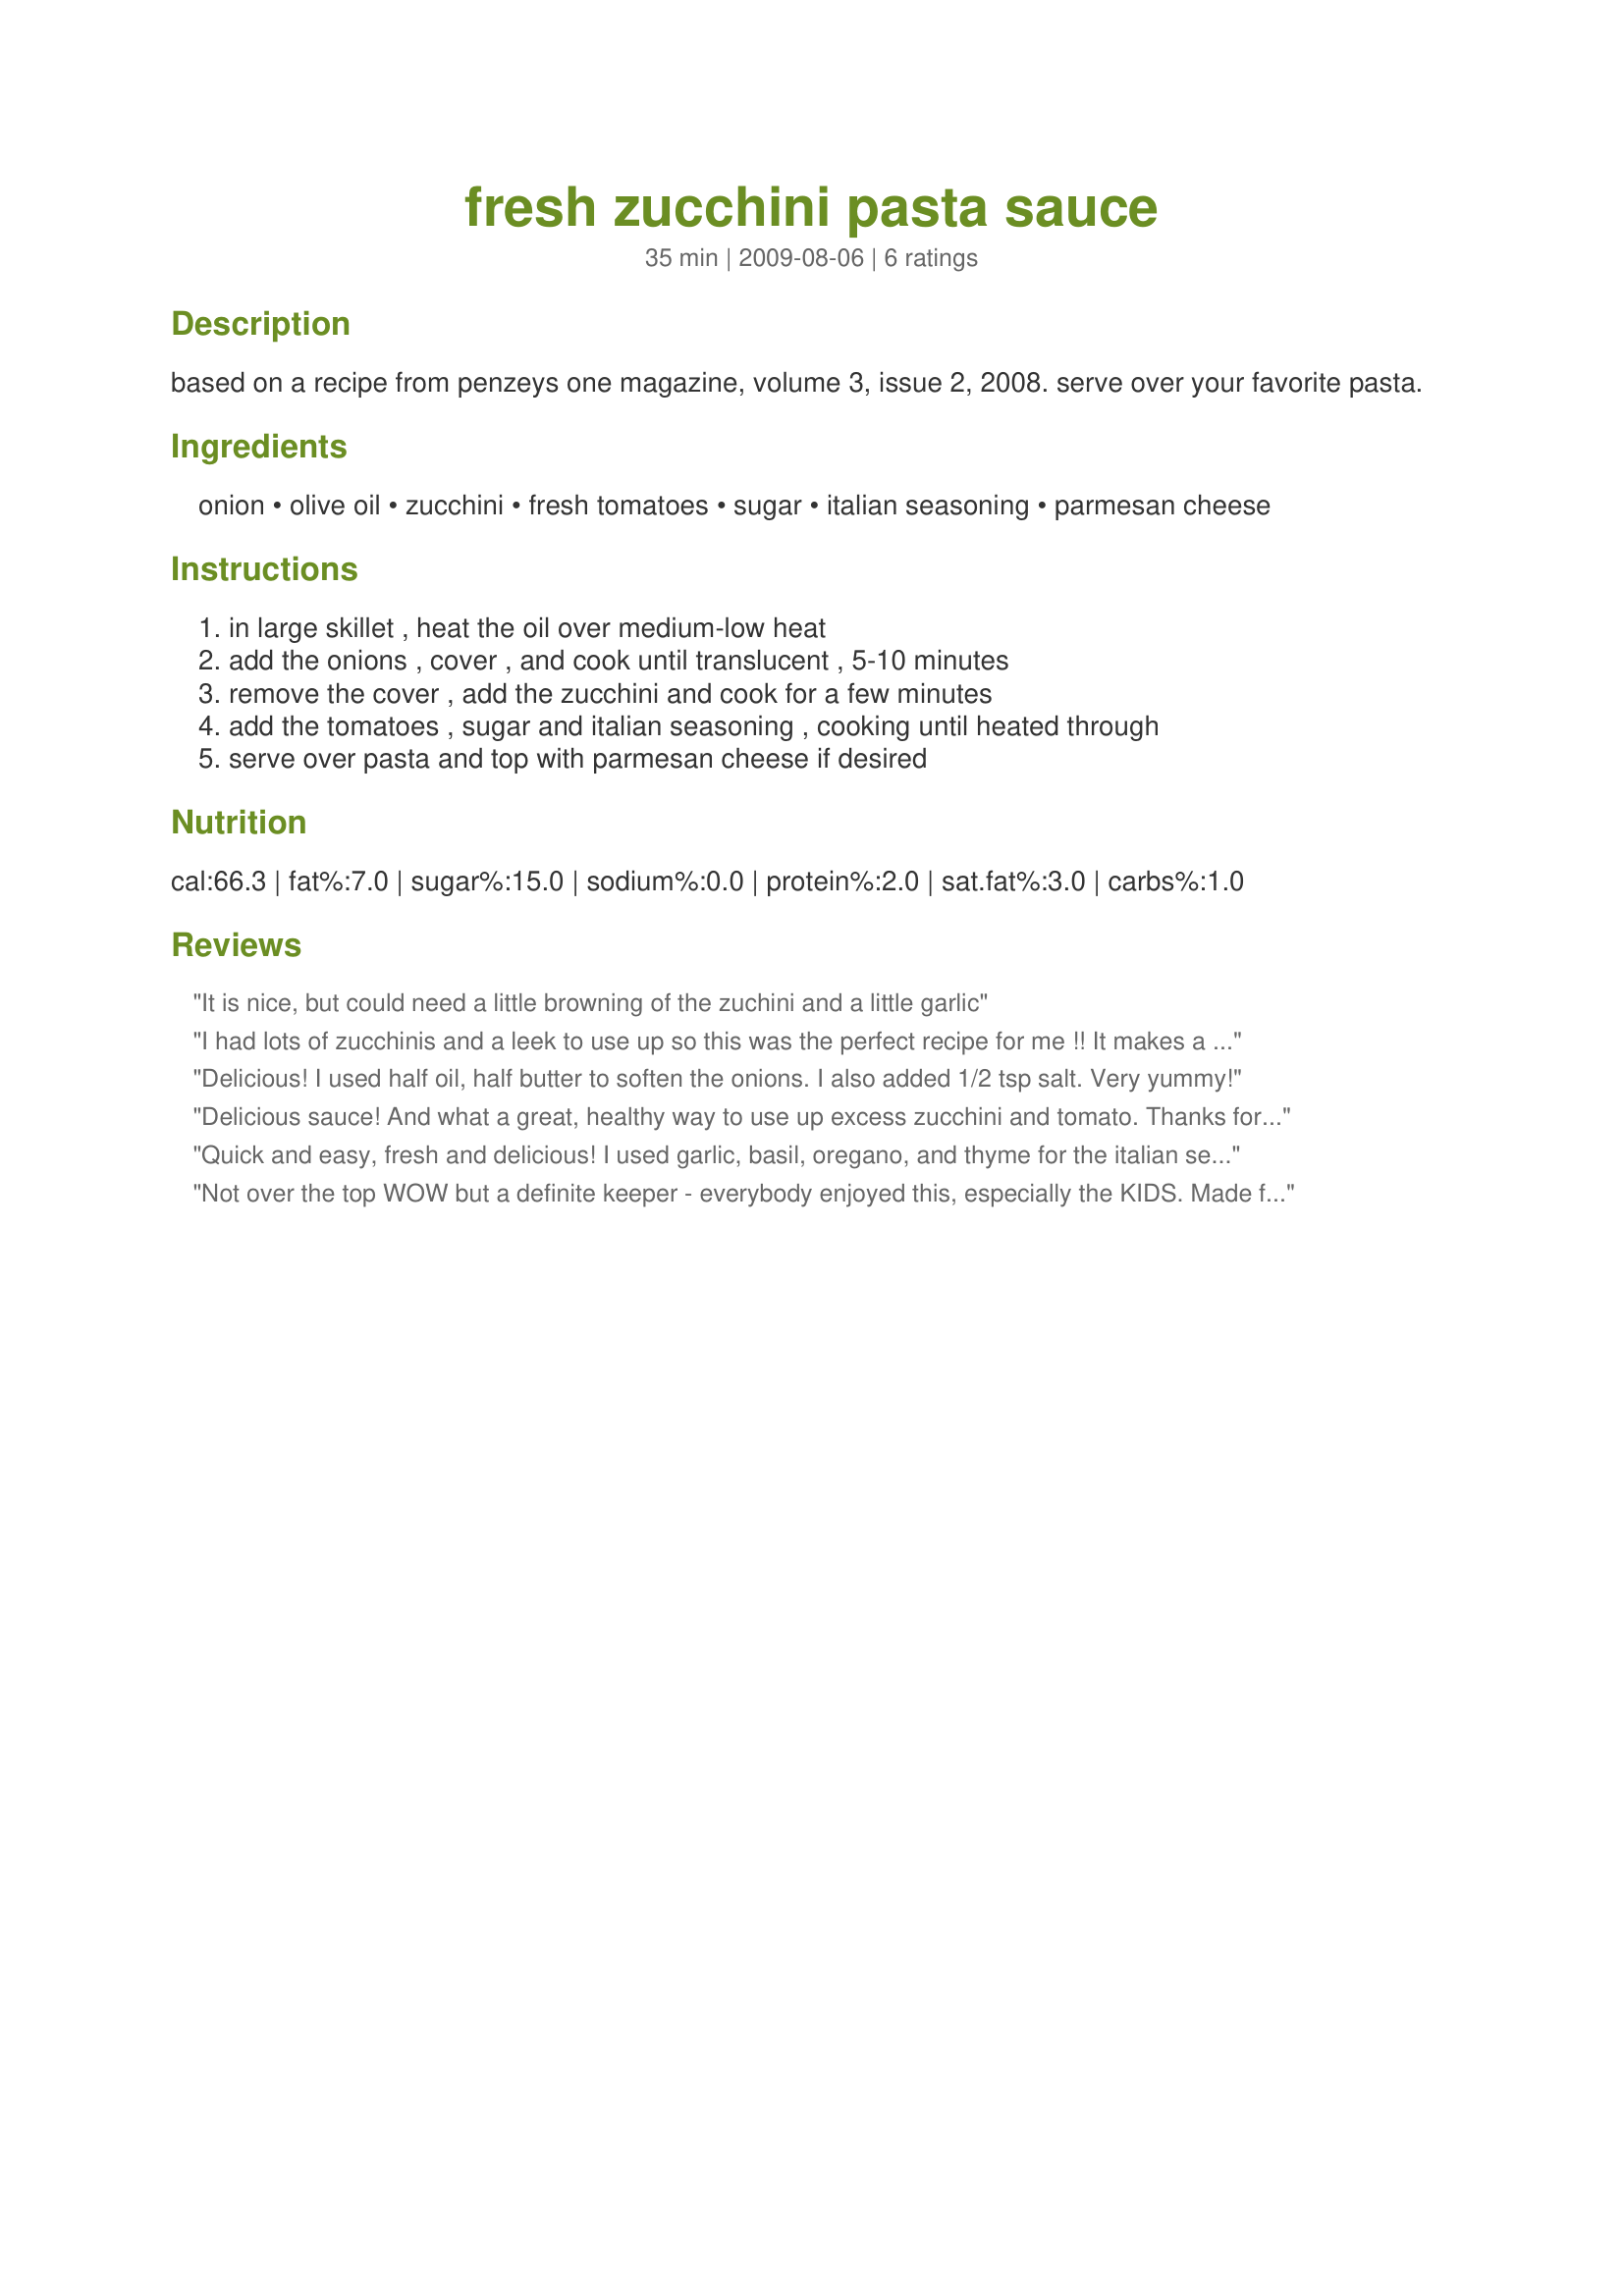
fresh zucchini pasta sauce
Preparation time: 35 minutes

based on a recipe from penzeys one magazine, volume 3, issue 2, 2008. serve over your favorite pasta.

Ingredients:
onion, olive oil, zucchini, fresh tomatoes, sugar, italian seasoning, parmesan cheese

Steps:
in large skillet , heat the oil over medium-low heat, add the onions , cover , and cook until translucent , 5-10 minutes, remove the cover , add the zucchini and cook for a few minutes, add the tomatoes , sugar and italian seasoning , cooking until heated through, serve over pasta and top with parmesan cheese if desired

Reviews:
It is nice, but could need a little browning of the zuchini and a little garlic
I had lots of zucchinis and a leek to use up so this was the perfect recipe for me !! It makes a good amount so half was eaten with pasta and really enjoyed and the rest is in the freezer.
Delicious! I used half oil, half butter to soften the onions. I also added 1/2 tsp salt. Very yummy!
Delicious sauce! And what a great, healthy way to use up excess zucchini and tomato. Thanks for sharing!
Quick and easy, fresh and delicious! I used garlic, basil, oregano, and thyme for the italian seasoning. Great recipe - thanks for sharing!
Not over the top WOW but a definite keeper - everybody enjoyed this, especially the KIDS. Made for Veggie Swap 8/09. I doubled the sauce as I had 8 to feed & cooked 2lbs of elbows but only used 1/2 because the bowl was overflowing, lol. Thanks, Liisa!!!
